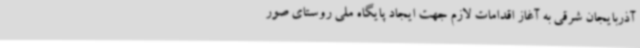
آذربایجان شرقی به آغاز اقدامات لازم جهت ایجاد پایگاه ملی روستای صور